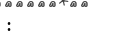
: